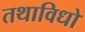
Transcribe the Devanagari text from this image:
तथाविधो